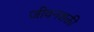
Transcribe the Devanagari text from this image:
जीवनशक्ती